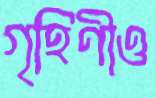
গৃহিণীও